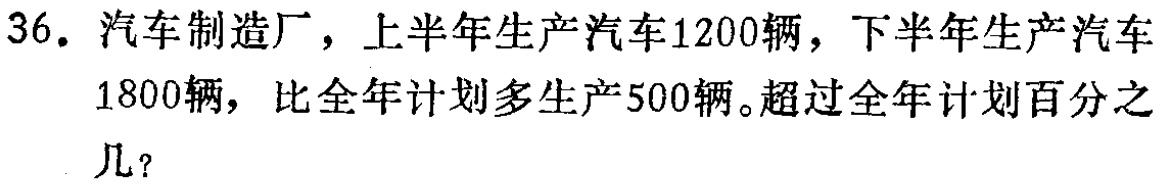
36. 汽车制造厂，上半年生产汽车1200辆，下半年生产汽车1800辆，比全年计划多生产500辆。超过全年计划百分之几？